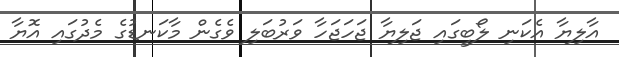
އާލިޔާ އެކަނި ލޯބީގައި ޖަލިޔާ ޖަހަޖަހާ ވަރުބަލި ވެގެން މާކަނޑުގެ މެދުގައި އޮޔާ